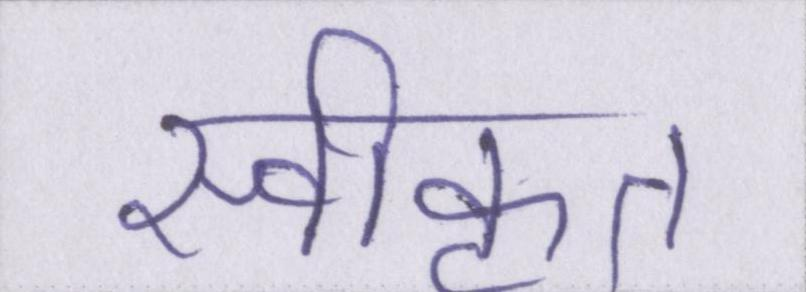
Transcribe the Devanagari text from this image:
स्वीकृत